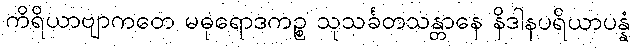
ကိရိယာဗျာကတေ မဓုရောဒကဉ္စ သုသင်္ခတသန္တာနေ နိဒါနပရိယာပန္နံ